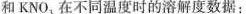
和KNO_{3}在不同温度时的溶解度数据：